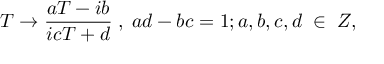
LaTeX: T \rightarrow \frac { a T - i b } { i c T + d } \; , \; a d - b c = 1 ; a , b , c , d \; \in \; Z ,